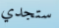
ستجدي